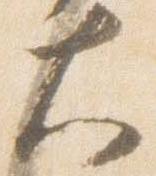
大